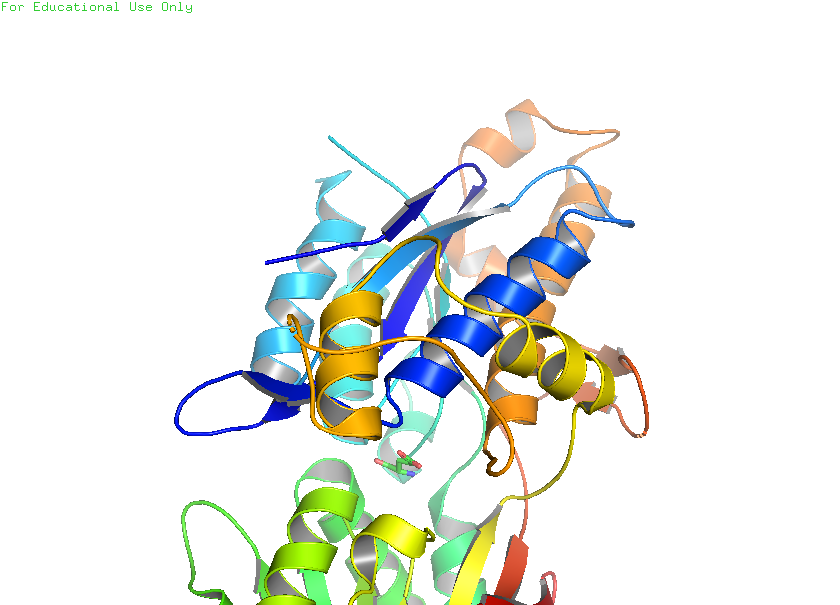
pymol, preset, publication